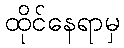
ထိုင်နေရာမှ